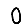
Digit: 0